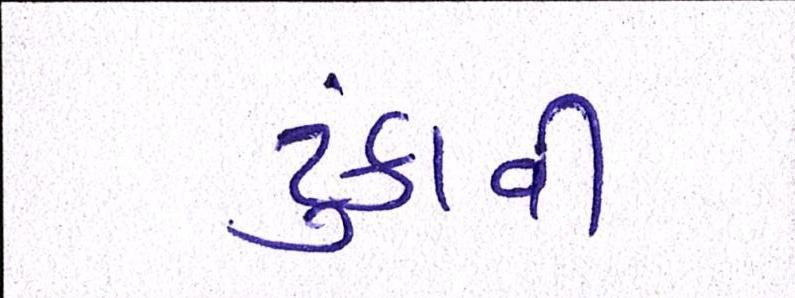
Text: ટુંકાવી